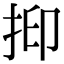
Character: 𢬃